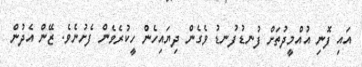
އައި ފޮނި އުއްމީދުތަށް ފުނޑުފުނޑު ވެގެން ދިޔައިހެން ހީކުރެވެން ފެށުނެވެ. ޒޭން އެދުން